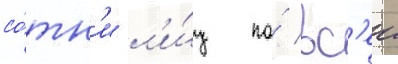
со́тн'и л'и́ц по́ вс'еи